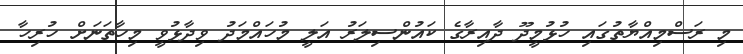
މި ރަސްމިއްޔާތުގައި ހުޅުމީދޫ ދާއިރާގެ ކައުންސިލަރު އަލީ މުހައްމަދު ވިދާޅުވީ މިހާތަނަށް ހުރިހާ